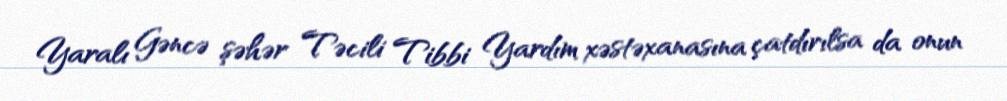
Yaralı Gəncə şəhər Təcili Tibbi Yardım xəstəxanasına çatdırılsa da onun